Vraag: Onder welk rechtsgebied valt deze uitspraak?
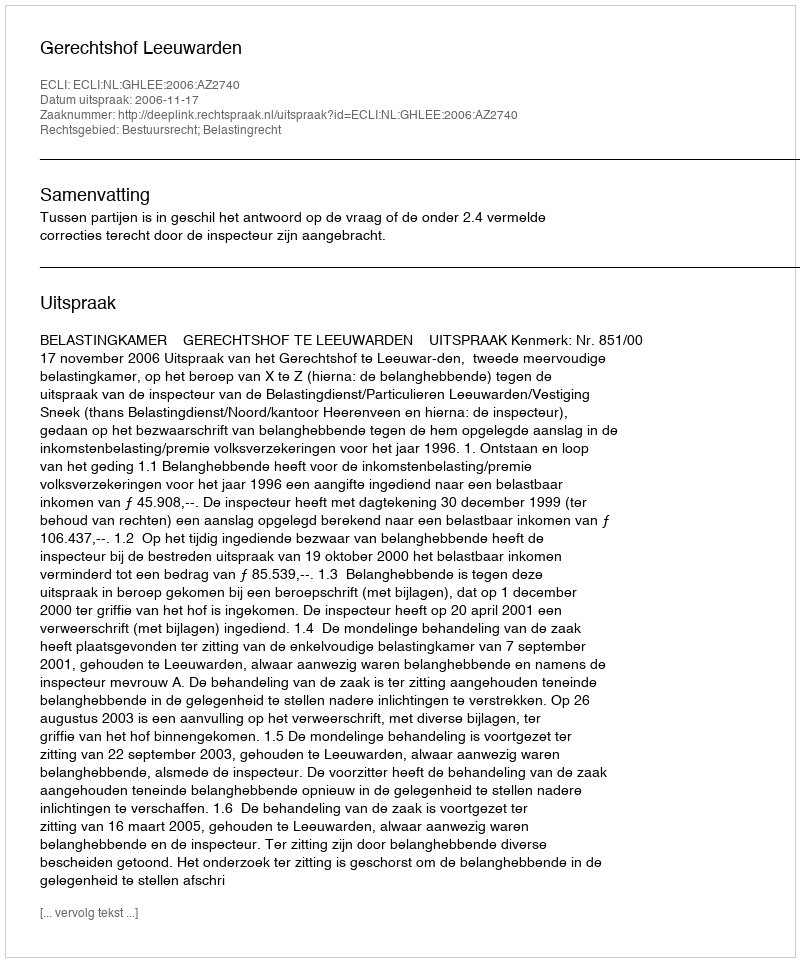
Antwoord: Bestuursrecht; Belastingrecht